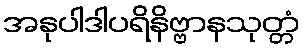
အနုပါဒါပရိနိဗ္ဗာနသုတ္တံ